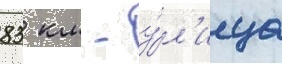
83 км - у́л'ица